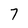
Character: 7